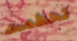
تحطمت